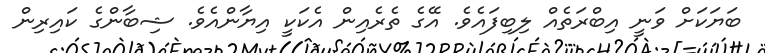
ބަޔަކަށް ވަނީ އިބްރަތެއް ލިބިފައެވެ. އޭގެ ތެރެއިން އެކަކީ އިޔާންއެވެ. ޝިބާންގެ ކައިރިން